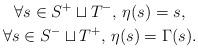
LaTeX: \begin{gather*}\forall s \in S^{+} \sqcup T^{-},\, \eta(s)=s, \\\forall s \in S^{-} \sqcup T^{+},\, \eta(s)=\Gamma(s).\end{gather*}